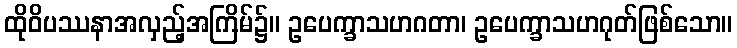
ထိုဝိပဿနာအလှည့်အကြိမ်၌။ ဥပေက္ခာသဟဂတာ၊ ဥပေက္ခာသဟဂုတ်ဖြစ်သော။